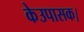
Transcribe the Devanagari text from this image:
केउपासक।